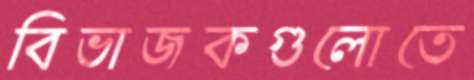
বিভাজকগুলোতে